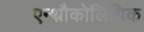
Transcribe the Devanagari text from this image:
एन्थ्रौकोलियिक